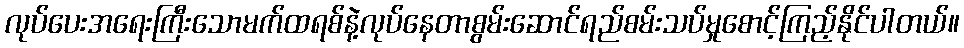
လုပ်ပေးအရေးကြီးသောမက်ထရစ်နဲ့လုပ်နေတာစွမ်းဆောင်ရည်စမ်းသပ်မှုစောင့်ကြည့်နိုင်ပါတယ်။